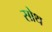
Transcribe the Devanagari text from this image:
सोथ